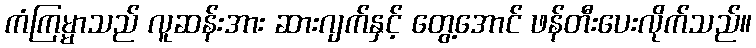
ကံကြမ္မာသည် လူဆန်းအား ဆားဂျက်နှင့် တွေ့အောင် ဖန်တီးပေးလိုက်သည်။